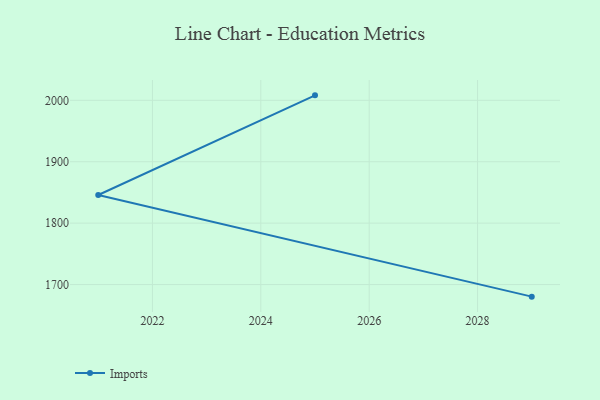
{"axis": {"x": "Year", "y": "Headcount"}, "legend": ["Imports"], "data": [{"x": "2029", "y": 1680.3, "type": "Imports"}, {"x": "2021", "y": 1845.8, "type": "Imports"}, {"x": "2025", "y": 2008.1, "type": "Imports"}]}